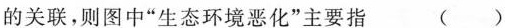
的关联，则图中”生态环境恶化”主要指 ()